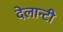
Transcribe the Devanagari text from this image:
देलान्टी